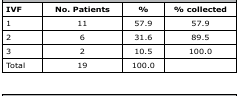
| IVF | No. Patients | % | % collected |
 | --- | --- | --- | --- |
 | 1 | 11 | 57.9 | 57.9 |
 | 2 | 6 | 31.6 | 89.5 |
 | 3 | 2 | 10.5 | 100.0 |
 | Total | 19 | 100.0 |  |